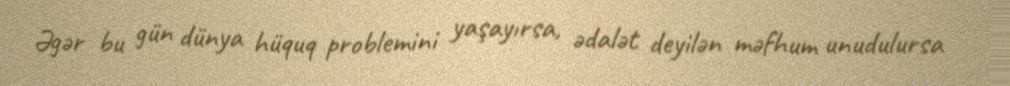
Əgər bu gün dünya hüquq problemini yaşayırsa, ədalət deyilən məfhum unudulursa